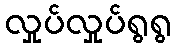
လှုပ်လှုပ်ရွရွ